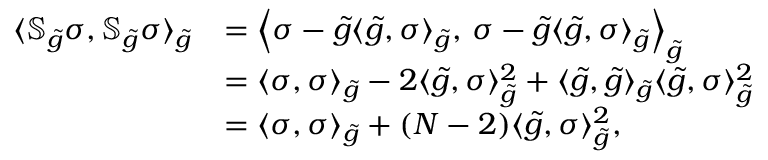
\begin{array} { r l } { \langle \mathbb { S } _ { \widetilde { g } } \sigma , \mathbb { S } _ { \widetilde { g } } \sigma \rangle _ { \widetilde { g } } } & { = \Big \langle \sigma - \widetilde { g } \langle \widetilde { g } , \sigma \rangle _ { \widetilde { g } } , \, \sigma - \widetilde { g } \langle \widetilde { g } , \sigma \rangle _ { \widetilde { g } } \Big \rangle _ { \widetilde { g } } } \\ & { = \langle \sigma , \sigma \rangle _ { \widetilde { g } } - 2 \langle \widetilde { g } , \sigma \rangle _ { \widetilde { g } } ^ { 2 } + \langle \widetilde { g } , \widetilde { g } \rangle _ { \widetilde { g } } \langle \widetilde { g } , \sigma \rangle _ { \widetilde { g } } ^ { 2 } } \\ & { = \langle \sigma , \sigma \rangle _ { \widetilde { g } } + ( N - 2 ) \langle \widetilde { g } , \sigma \rangle _ { \widetilde { g } } ^ { 2 } , } \end{array}